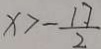
x > - \frac { 1 7 } { 2 }